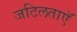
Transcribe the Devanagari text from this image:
जटिलताएॅ